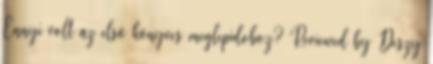
Ennyi volt az első könyves meglepidoboz? Reviewed by Deszy